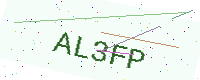
Text: AL3FP